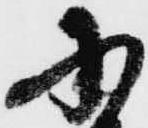
に